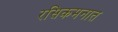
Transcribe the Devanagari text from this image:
रसिकमनात